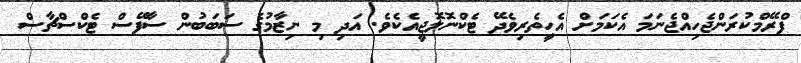
ފްރޭމްކުރަންޖެހިއްޖެނަމަ އެކަމަށް އެހީތެރިވެދޭ ޓެކްނޮލޮޖީއެކެވެ. އަދި މި ނިޒާމުގެ ސަބަބުން ސާފޭސް ޓެކްސްޗާސް